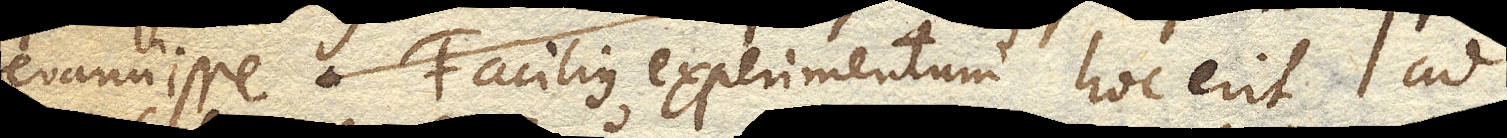
evanuisse. Facilius experimentum hoc erit ad